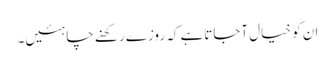
ان کو خیال آجاتاہے کہ روزے رکھنے چاہئیں۔